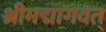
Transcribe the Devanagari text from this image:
श्रीमद्मागवत्